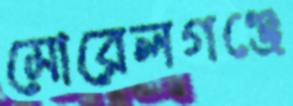
মোরেলগঞ্জে